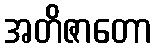
အတိဇာတော